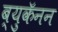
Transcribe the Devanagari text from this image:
ब्युकॅनन